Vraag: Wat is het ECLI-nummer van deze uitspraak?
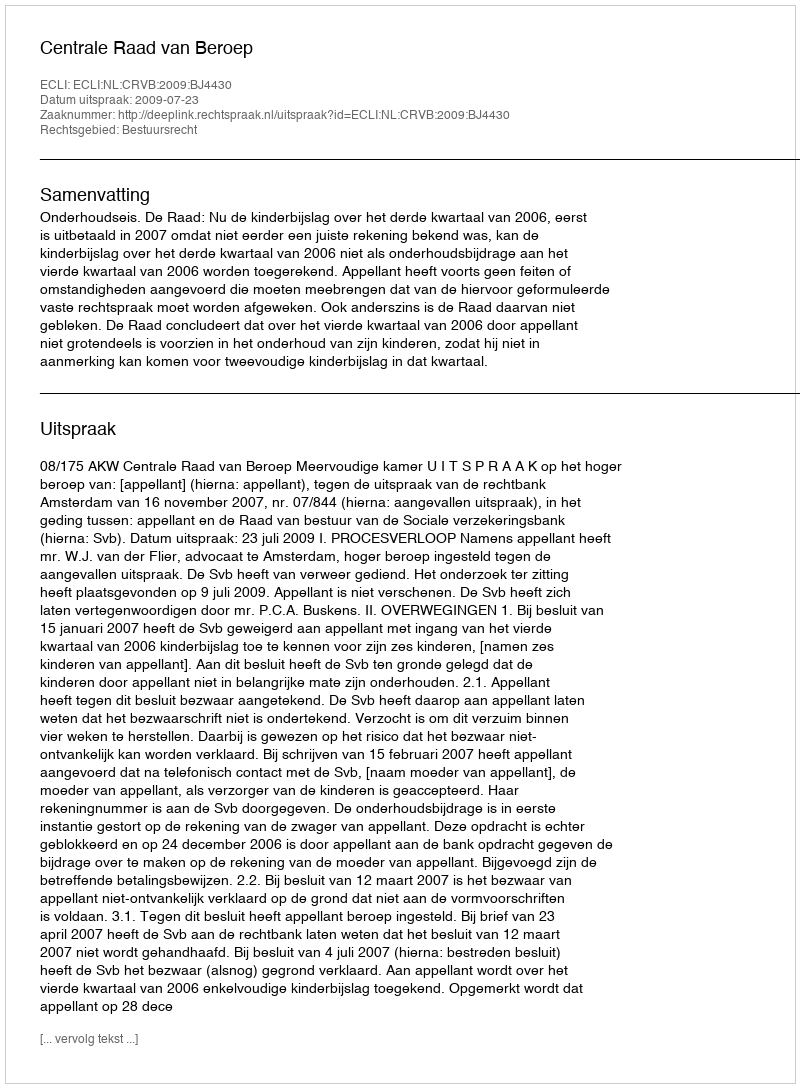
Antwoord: ECLI:NL:CRVB:2009:BJ4430